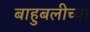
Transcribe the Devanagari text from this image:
बाहुबलीच्या